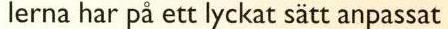
lerna har på ett lyckat sätt anpassat